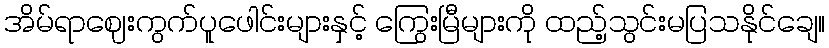
အိမ်ရာဈေးကွက်ပူဖေါင်းများနှင့် ကြွေးမြီများကို ထည့်သွင်းမပြသနိုင်ချေ။